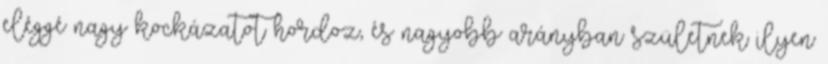
eléggé nagy kockázatot hordoz, és nagyobb arányban születnek ilyen